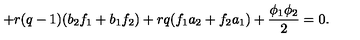
+ r ( q - 1 ) ( b _ { 2 } f _ { 1 } + b _ { 1 } f _ { 2 } ) + r q ( f _ { 1 } a _ { 2 } + f _ { 2 } a _ { 1 } ) + \frac { \phi _ { 1 } \phi _ { 2 } } { 2 } = 0 .